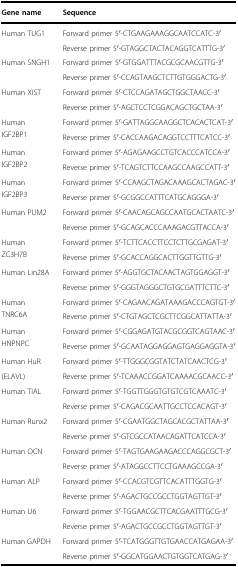
<table><thead><tr><td><b>Gene name</b></td><td><b>Sequence</b></td></tr></thead><tbody><tr><td rowspan="2">Human TUG1</td><td>Forward primer 5′-CTGAAGAAAGGCAATCCATC-3′</td></tr><tr><td>Reverse primer 5′-GTAGGCTACTACAGGTCATTTG-3′</td></tr><tr><td rowspan="2">Human SNGH1</td><td>Forward primer 5′-GTGGATTTACGCGCAACGTTG-3′</td></tr><tr><td>Reverse primer 5′-CCAGTAAGCTCTTGTGGGACTG-3′</td></tr><tr><td rowspan="2">Human XIST</td><td>Forward primer 5′-CTCCAGATAGCTGGCTAACC-3′</td></tr><tr><td>Reverse primer 5′-AGCTCCTCGGACAGCTGCTAA-3′</td></tr><tr><td rowspan="2">Human IGF2BP1</td><td>Forward primer 5′-GATTAGGCAAGGCTCACACTCAT-3′</td></tr><tr><td>Reverse primer 5′-CACCAAGACAGGTCCTTTCATCC-3′</td></tr><tr><td rowspan="2">Human IGF2BP2</td><td>Forward primer 5′-AGAGAAGCCTGTCACCCATCCA-3′</td></tr><tr><td>Reverse primer 5′-TCAGTCTTCCAAGCCAAGCCATT-3′</td></tr><tr><td rowspan="2">Human IGF2BP3</td><td>Forward primer 5′-CCAAGCTAGACAAAGCACTAGAC-3′</td></tr><tr><td>Reverse primer 5′-GCGGCCATTTCATGCAGGGA-3′</td></tr><tr><td rowspan="2">Human PUM2</td><td>Forward primer 5′-CAACAGCAGCCAATGCACTAATC-3′</td></tr><tr><td>Reverse primer 5′-GCAGCACCCAAAGACGTTACCA-3′</td></tr><tr><td rowspan="2">Human ZC3H7B</td><td>Forward primer 5′-TCTTCACCTTCCTCTTGCGAGAT-3′</td></tr><tr><td>Reverse primer 5′-GCACCAGGCACTTGGTTGTTG-3′</td></tr><tr><td rowspan="2">Human Lin28A</td><td>Forward primer 5′-AGGTGCTACAACTAGTGGAGGT-3′</td></tr><tr><td>Reverse primer 5′-GGGTAGGGCTGTGCGATTTCTTC-3′</td></tr><tr><td rowspan="2">Human TNRC6A</td><td>Forward primer 5′-CAGAACAGATAAAGACCCAGTGT-3′</td></tr><tr><td>Reverse primer 5′-CTGTAGCTCGCTTCGGCATTATTA-3′</td></tr><tr><td rowspan="2">Human HNPNPC</td><td>Forward primer 5′-CGGAGATGTACGCGGTCAGTAAC-3′</td></tr><tr><td>Reverse primer 5′-GCAATAGGAGGAGTGAGGAGGTA-3′</td></tr><tr><td>Human HuR</td><td>Forward primer 5′-TTGGGCGGTATCTATCAACTCG-3′</td></tr><tr><td>(ELAVL)</td><td>Reverse primer 5′-TCAAACCGGATCAAAACGCAACC-3′</td></tr><tr><td rowspan="2">Human TIAL</td><td>Forward primer 5′-TGGTTGGGTGTGTCGTCAAATC-3′</td></tr><tr><td>Reverse primer 5′-CAGACGCAATTGCCTCCACAGT-3′</td></tr><tr><td rowspan="2">Human Runx2</td><td>Forward primer 5′-CGAATGGCTAGCACGCTATTAA-3′</td></tr><tr><td>Reverse primer 5′-GTCGCCATAACAGATTCATCCA-3′</td></tr><tr><td rowspan="2">Human OCN</td><td>Forward primer 5′-TAGTGAAGAAGACCCAGGCGCT-3′</td></tr><tr><td>Reverse primer 5′-ATAGGCCTTCCTGAAAGCCGA-3′</td></tr><tr><td rowspan="2">Human ALP</td><td>Forward primer 5′-CCACGTCGTTCACATTTGGTG-3′</td></tr><tr><td>Reverse primer 5′-AGACTGCCGCCTGGTAGTTGT-3′</td></tr><tr><td rowspan="2">Human U6</td><td>Forward primer 5′-TGGAACGCTTCACGAATTTGCG-3′</td></tr><tr><td>Reverse primer 5′-AGACTGCCGCCTGGTAGTTGT-3′</td></tr><tr><td rowspan="2">Human GAPDH</td><td>Forward primer 5′-TCATGGGTTGTGAACCATGAGAA-3′</td></tr><tr><td>Reverse primer 5′-GGCATGGAACTGTGGTCATGAG-3′</td></tr></tbody></table>